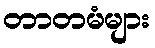
တာတမံများ